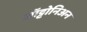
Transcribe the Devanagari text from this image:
ऑट्टोनिअन